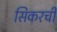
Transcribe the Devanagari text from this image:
सिकरची